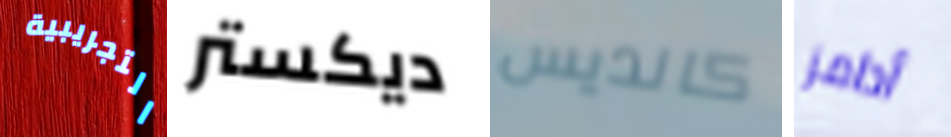
التجريبية ديكستر كانديس أدامز